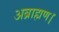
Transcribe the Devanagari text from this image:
अब्राह्मण।